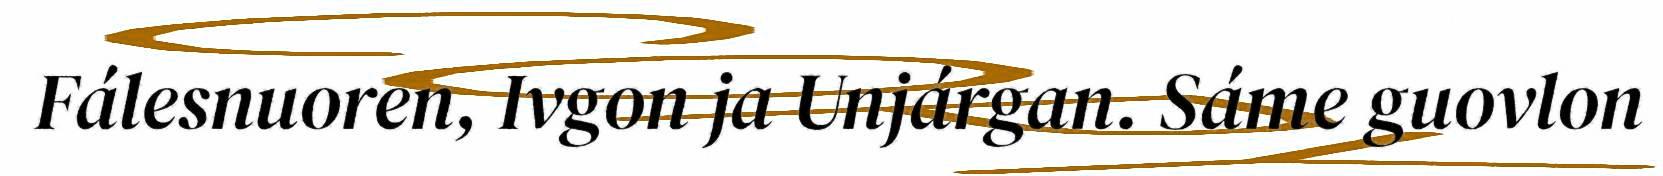
Fálesnuoren, Ivgon ja Unjárgan. Sáme guovlon